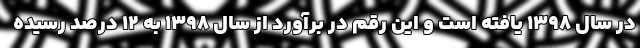
در سال ۱۳۹۸ یافته است و این رقم در برآورد از سال ۱۳۹۸ به ۱۲ درصد رسیده